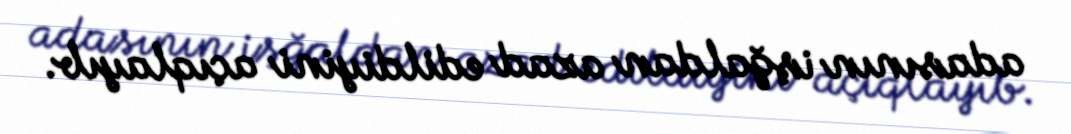
adasının işğaldan azad edildiyini açıqlayıb.